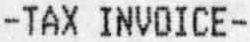
-TAX INVOICE-